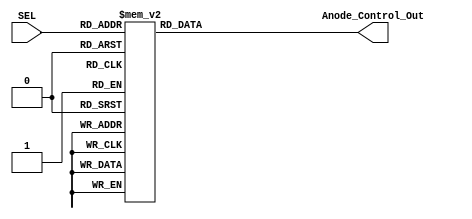
module Anode_Control (input [2:0] SEL, output reg [7:0] Anode_Control_Out);
    always @(*) begin
        case (SEL)
            0:Anode_Control_Out=8'b01111111;
            1:Anode_Control_Out=8'b10111111;
            2:Anode_Control_Out=8'b11011111;
            3:Anode_Control_Out=8'b11101111;
            4:Anode_Control_Out=8'b11110111;
            5:Anode_Control_Out=8'b11111011;
            6:Anode_Control_Out=8'b11111101;
            7:Anode_Control_Out=8'b11111110;   
        endcase 
    end
endmodule